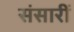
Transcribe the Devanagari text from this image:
संसारीं